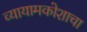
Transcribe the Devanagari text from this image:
व्यायामकोशाचा